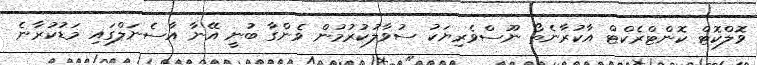
ވޮލްކޮޓް ކޮންޓްރެކްޓް އާކުރާނެތޯ ނޫސްވެރިޔަކު ސުވާލުކުރުމުން ވެންގާ ބުނީ އޭނާ އާސެނަލްގައި މަޑުކުރާނެ